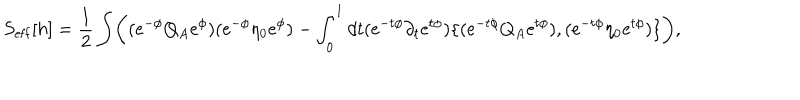
S _ { \mathrm { e f f } } [ h ] = { \frac { 1 } { 2 } } \int \biggl ( ( \mathrm { e } ^ { - \phi } Q _ { A } \mathrm { e } ^ { \phi } ) ( \mathrm { e } ^ { - \phi } \eta _ { 0 } \mathrm { e } ^ { \phi } ) - \int _ { 0 } ^ { 1 } d t ( \mathrm { e } ^ { - t \phi } \partial _ { t } \mathrm { e } ^ { t \phi } ) \{ ( \mathrm { e } ^ { - t \phi } Q _ { A } \mathrm { e } ^ { t \phi } ) , ( \mathrm { e } ^ { - t \phi } \eta _ { 0 } \mathrm { e } ^ { t \phi } ) \} \biggr ) ,